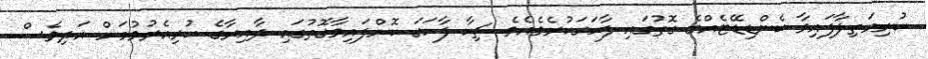
ކުރިމަތިލާފައިވާ ކެންޑިޑޭޓެއްގެ ގޮތުގައި ފާހަގަކުރެވެއެވެ. ޗިކާ ފާހަގަ ކޮށްފައިވާގޮތުގައި ދާއިރާގެ ކުރިއެރުވުމަށް އަދިވެސް